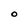
Character: O